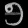
Digit: ၅